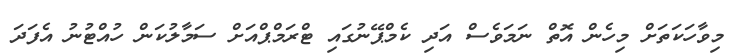
މިވާހަކަތަށް މިހެން އޮތް ނަމަވެސް އަދި ކެމްޕޭނުގައި ޓްރަމްޕްއަށް ސަމާލުކަން ހުއްޓުނު އެފަދަ